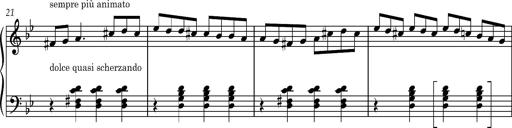
Title: 8 Album Leaves
Composer: Franz Liszt